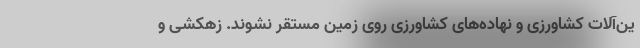
ین‌آلات کشاورزی و نهاده‌های کشاورزی روی زمین مستقر نشوند. زهکشی و